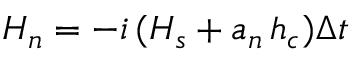
H _ { n } = - i \, ( H _ { s } + a _ { n } \, h _ { c } ) \Delta t